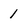
Character: 1